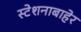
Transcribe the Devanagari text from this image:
स्टेशनाबाहेर